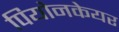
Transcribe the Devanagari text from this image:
पियोनकेयर